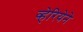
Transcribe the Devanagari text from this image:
व्हेरियेने